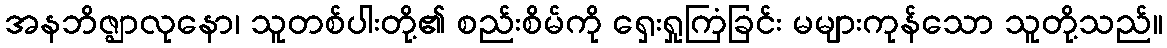
အနဘိဇ္ဈာလုနော၊ သူတစ်ပါးတို့၏ စည်းစိမ်ကို ရှေးရှုကြံခြင်း မများကုန်သော သူတို့သည်။